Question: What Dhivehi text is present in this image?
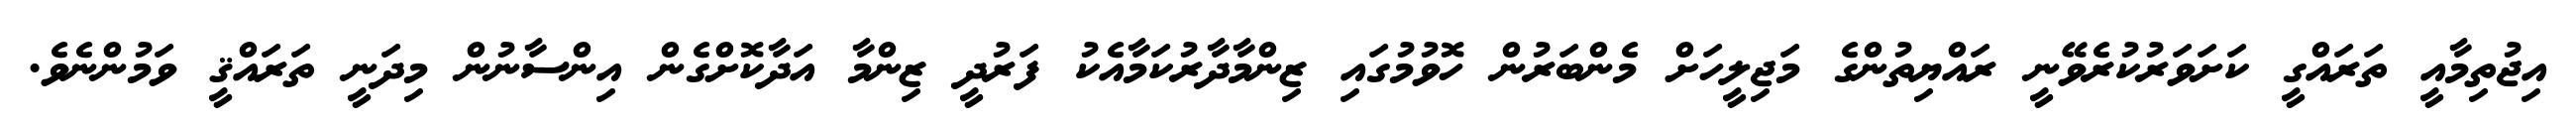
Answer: އިޖުތިމާއީ ތަރައްގީ ކަށަވަރުކުރެވޭނީ ރައްޔިތުންގެ މަޖިލީހަށް މެންބަރުން ހޮވުމުގައި ޒިންމާދާރުކަމާއެކު ފަރުދީ ޒިންމާ އަދާކޮށްގެން އިންސާނުން މިދަނީ ތަރައްޤީ ވަމުންނެވެ.